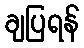
ချပြရန်